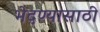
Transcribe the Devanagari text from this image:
भेदण्यासाठी